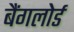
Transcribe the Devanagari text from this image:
बैंगलोर्ड